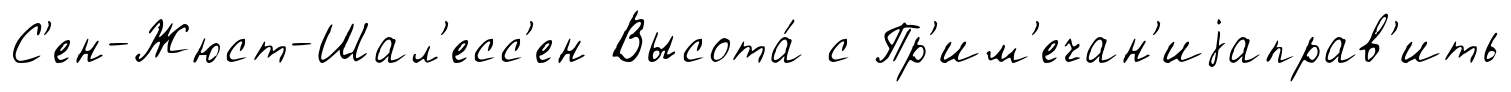
С'ен-Жюст-Шал'есс'ен Высота́ с Пр'им'ечан'иjаправ'ить